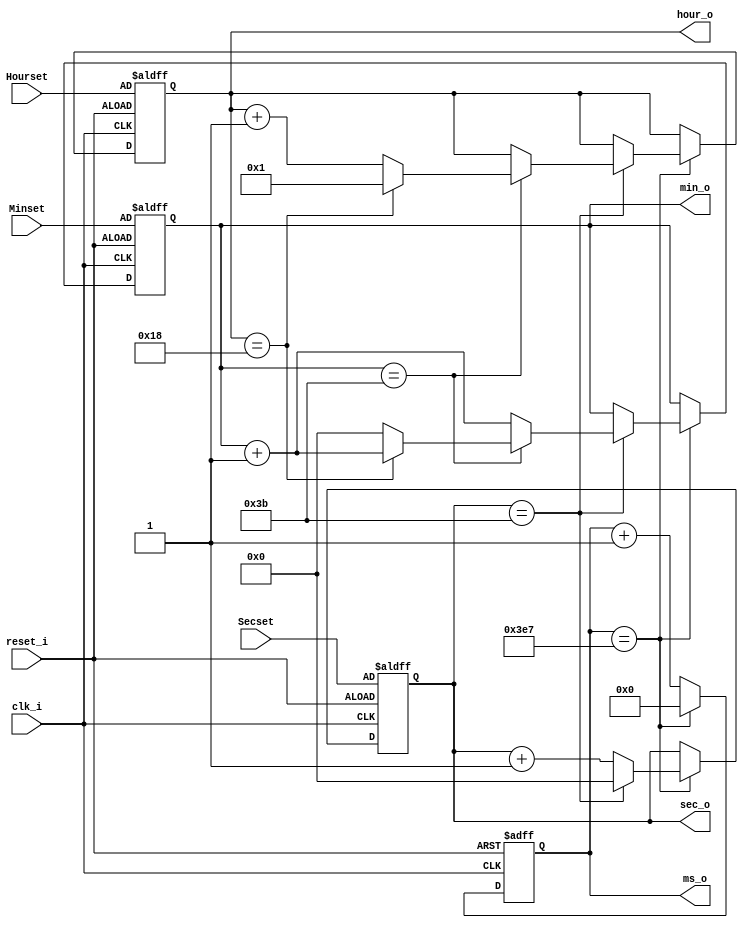
`timescale 1ns / 1ps
//////////////////////////////////////////////////////////////////////////////////
// Company: 
// Engineer: 
// 
// Design Name: 
// Module Name: digital_clk_24hr_ms_t
// Project Name: 
// Target Devices: 
// Tool Versions: 
// Description: 
// 
// Dependencies: 
// 
// Revision:
// Revision 0.01 - File Created
// Additional Comments:
// 
//////////////////////////////////////////////////////////////////////////////////


module digital_clk_24hr_ms(
    input clk_i, reset_i,
    input [5:0] Hourset,
    input [5:0] Minset,
    input [5:0] Secset,
    output reg [9:0] ms_o,
    output reg [5:0] sec_o,
    output reg [5:0] min_o,
    output reg [5:0] hour_o
    );
    
    always @ (posedge clk_i or negedge reset_i)
    begin 
      if (!reset_i)
            begin 
//                hour_o <= 0;
//                min_o <= 0;
//                sec_o <= 0;
//                ms_o <= 0;
                hour_o <= Hourset;
                min_o <= Minset;
                sec_o <= Secset;
                ms_o <= 0;
            end
       else if (clk_i == 1)
         begin
         ms_o <= ms_o + 1;
         if (ms_o == 999) begin
             ms_o <= 0;
             sec_o <= sec_o + 1;
             if (sec_o == 59)
                begin 
                    min_o <= min_o + 1;
                    sec_o <= 0;
                    if (min_o == 59)
                        begin 
                        hour_o <= hour_o + 1;
                            if(hour_o == 24)begin 
                                    hour_o <= 1;
                                    //min_o <= 0;
                                    end
                                    else begin 
                              //hour_o <= hour_o + 1;
                              min_o <= 0;
                              end
                            end
                   end
             end
        end
     end
endmodule